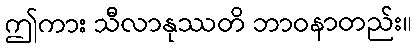
ဤကား သီလာနုဿတိ ဘာဝနာတည်း။